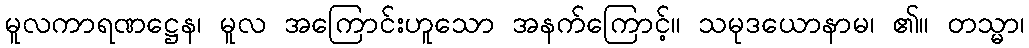
မူလကာရဏဋ္ဌေန၊ မူလ အကြောင်းဟူသော အနက်ကြောင့်။ သမုဒယောနာမ၊ ၏။ တသ္မာ၊